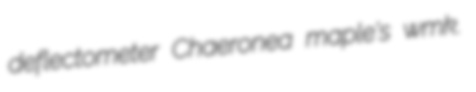
deflectometer Chaeronea maple's wmk.